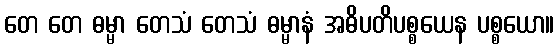
တေ တေ ဓမ္မာ တေသံ တေသံ ဓမ္မာနံ အဓိပတိပစ္စယေန ပစ္စယော။